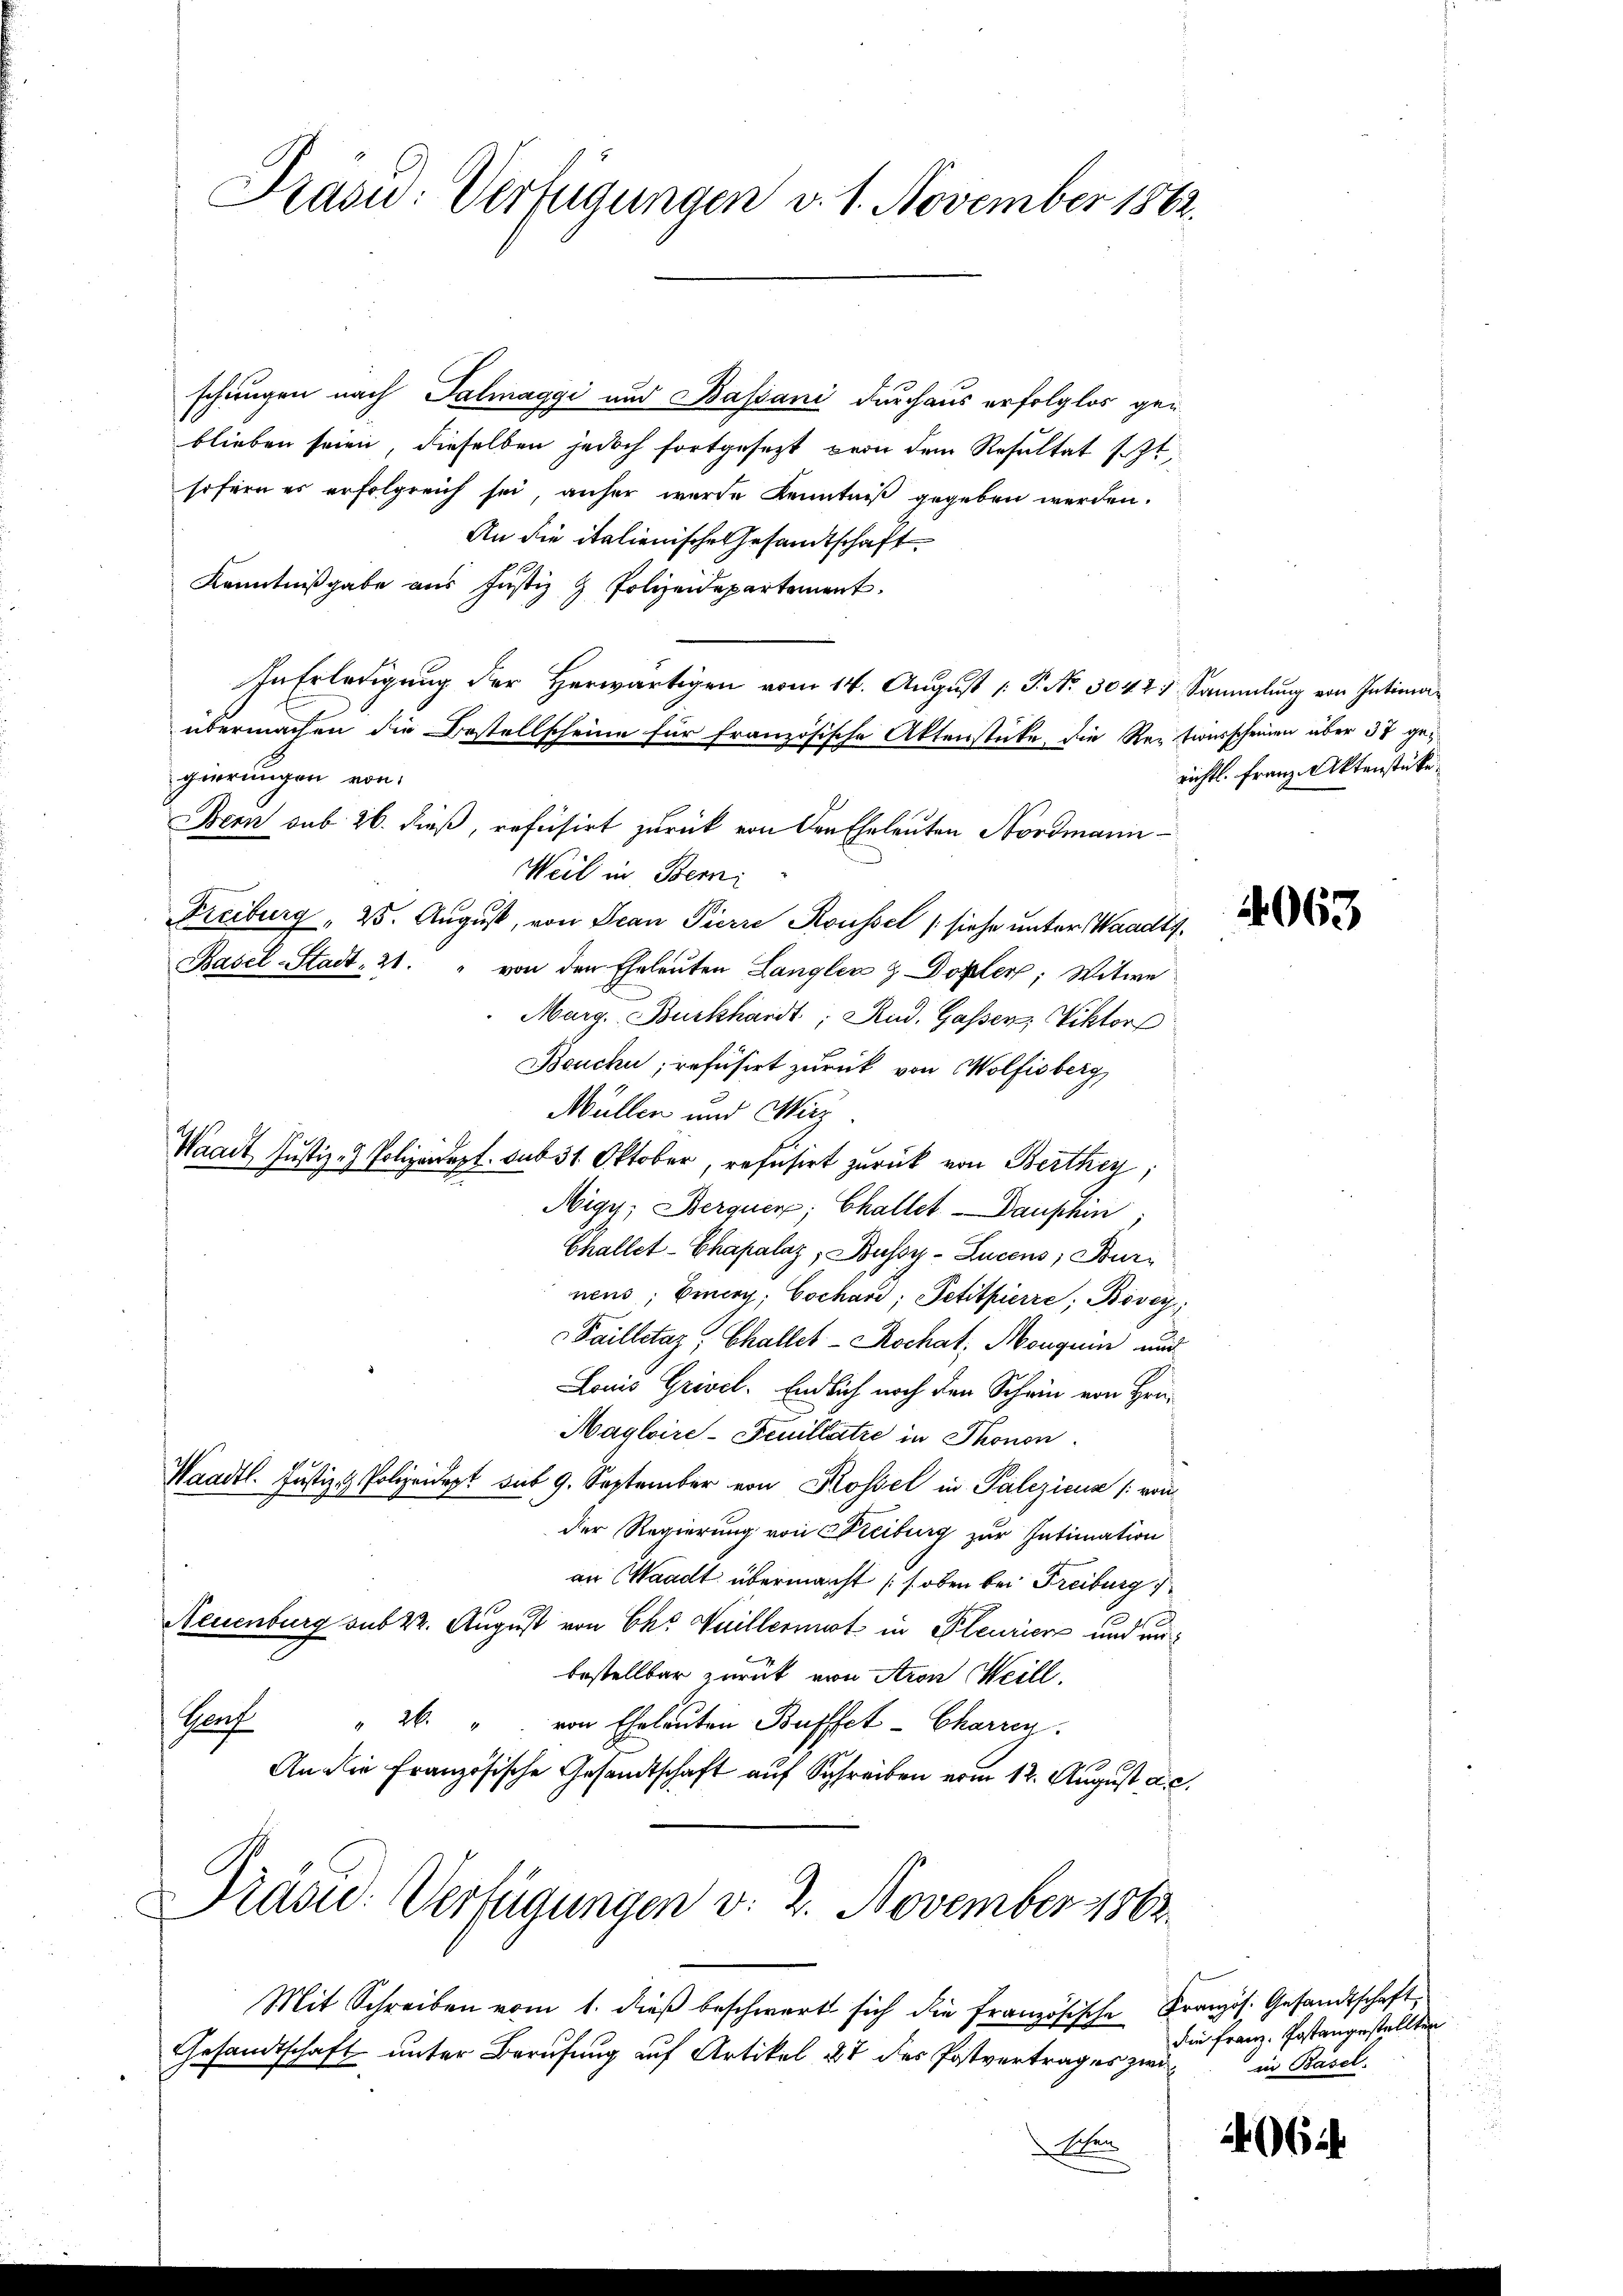
Pasid: Verfügungen v. 1. November 1862.

schungen nach Palmaggi und Bassani durchaus erfolglos geblieben seien, dieselben jedoch fortgesezt von dem Resultat sezt,
sofern es erfolgreich sei, anher wurde Kenntniß gegeben werden.
An die italienische Gesandtschaft
Kenntnißgabe aus Justiz & Polizeidepartement.
In Erledigung der Herwärtigen vom 14. August 1 P. Nr. 3042. Sammlung von Intimaübermachen die Bestellscheine für französische Aktenstücke, die Reptionsscheinen über 37 ge-
gerungen von
Bern sub 26. dieß, refusirt zurück von den Eheleuten Nordmann¬
Weil in Bern
Freiburg , 25. August, von Jean Pierre Roussel (siehe unter Waadts.
Basel-Stadt, 21. " von den Eheleuten Langler & Doppler; Witwe
Marg. Burkhardt, Rud. Gassen, Viktor
Beuche; refüsirt zurück von Wolfisberg,
Müllen und Wirz
Waadt, Justiz- & Polizeidept. sub 31. Oktober, refusirt zurück von Berthey;
Nigy, Berquer, Challet-Dauphin;
Challet-Chapalaz, Bussy-Lucens; Burnens, Eiery; Cochard, Petitpierre; Bövey
Failletaz, Challer - Rochat. Monguin und
Louis Grivel. Endlich noch den Schwin von Hrn.
Maglaire-Feuillatie in Thonon
d
Waadt. Justiz & Polizeidept sub 9. September von Kossel in Palezicus (von
der Regierung von Freiburg zur Intimation
an Waadt übermacht (s. oben bei Freiburg
Neuenburg sub 22. August von Chr. Weillermit in Pleurier und unbestellbar zurück von Aron Heill
Porf
" 26. " von Eheleuten Bufffet - Charzen.
An die Französische Gesandtschaft auf Schreiben vom 12. August ac

Präsid. Verfügungen v. 2. November 1862.

Mit Schreiben vom 1. dieß beschwert sich die französische
Gesandtschaft unter Berufung auf Artikel, 27 des Postvertrag es zwi¬
Oben

richtl. Franz Aktenstücke.

4063

Französ. Gesandtschaft,
die Franz Postangestellten
in Basel.

40644